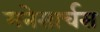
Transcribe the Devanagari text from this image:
मनेसार्चस